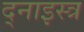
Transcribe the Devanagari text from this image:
द्नाइस्त्र